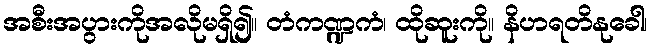
အစီးအပွားကိုအလိုမရှိ၍။ တံကဏ္ဍကံ၊ ထိုဆူးကို။ နိဟရတိနုခေါ၊